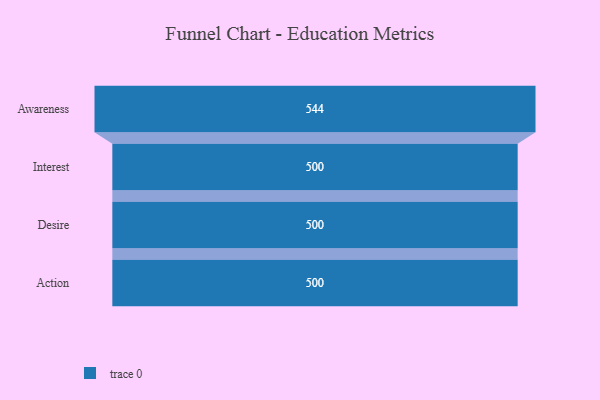
{"axis": {"x": "Stage", "y": "Value"}, "legend": [""], "data": [{"x": "Awareness", "y": 544.0, "type": ""}, {"x": "Interest", "y": 500, "type": ""}, {"x": "Desire", "y": 500, "type": ""}, {"x": "Action", "y": 500, "type": ""}]}